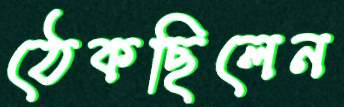
ঠেকছিলেন